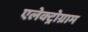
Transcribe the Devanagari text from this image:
एलेक्ट्रोग्राम